Plague in India, 1896, 1897 - Volume 1
Year: 1896
Disease focus: Plague
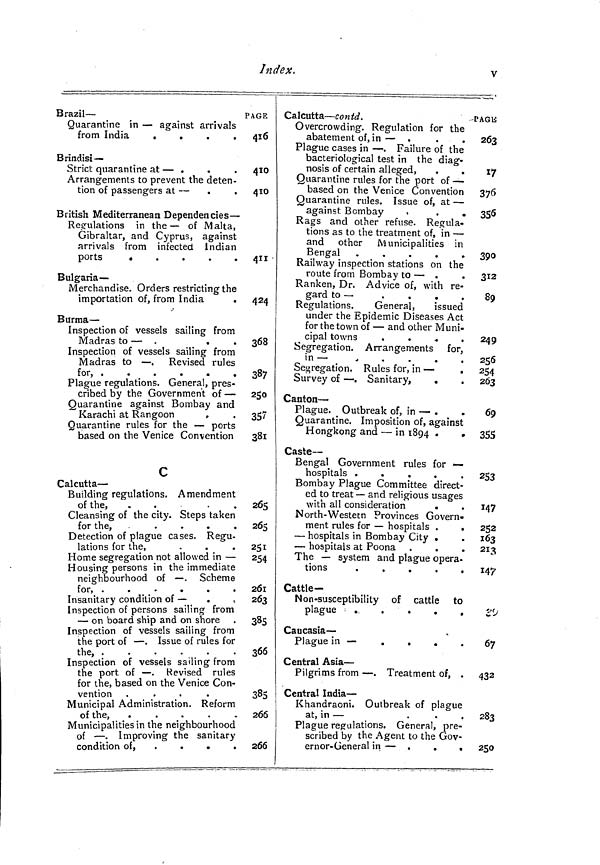
Index.
v
Brazil-
Quarantine in — against arrivals
from India
.
.
.
.
Brindisi— •
Strict quarantine at — .
Arrangements to prevent the deten-
tion of passengers at —
British Mediterranean Dependencies —
Regulations in the— of Malta,
Gibraltar, and Cyprus, against
arrivals from infected Indian
ports
Bulgaria —
Merchandise. Orders restricting the
importation of, from India
Burma —
Inspection of vessels sailing from
Madras to — .
.
.
Inspection of vessels sailing from
Madras to — . Revised rules
for, .
.
.
.
.
.
Plague regulations. General, pres-
cribed by the Government of —
Quarantine against Bombay and
Karachi at Rangoon
Quarantine rules for the — ports
based on the Venice Convention
c
Calcutta —
Building regulations. Amendment
of the,
.
.
Cleansing of the city. Steps taken
for the,
.
.
.
.
.
Detection of plague cases. Regu-
lations for the,
Home segregation not allowed in —
Housing persons in the immediate
neighbourhood of — . Scheme
for, .
.
Insanitary condition of —
.
,
Inspection of persons sailing from
— on board ship and on shore
Inspection of vessels sailing from
the port of — . Issue of rules for
the,
Inspection of vessels sailing from
the port of — . Revised rules
for the, based on the Venice Con-
vention .
.
.
.
Municipal Administration. Reform
of the,
.
.
Municipalities in the neighbourhood
of — . Improving the sanitary
condition of, .
.
.
.
PAGE
416
410
410
411
424
368
387
250
357
38i
265
265
251
254
261
263
385
366
385
266
266
Calcutta — contd.
Overcrowding. Regulation for the
abatement of, in — .
Plague cases in — . Failure of the
bacteriological test in the diag-
nosis of certain alleged,
Quarantine rules for the port of —
based on the Venice Convention
Quarantine rules. Issue of, at —
against Bombay
.
.
Rags and other refuse. Regula-
tions as to the treatment of, in —
and other Municipalities in
Bengal .
.
.
.
.
Railway inspection stations on the
route from Bombay to — .
Ranken, Dr. Advice of, with re-
gard to —
.
.
.
Regulations.
General,
issued
under the Epidemic Diseases Act
for the town of — and other Muni-
cipal towns
.
Segregation. Arrangements for,
in — •
.,
.
.
.
.
Segregation. Rules for, in —
.
Survey of — . Sanitary,
.
Canton —
Plague. Outbreak of, in — .
.
Quarantine. Imposition of, against
Hongkong and — in 1894 .
.
Caste-
Bengal Government rules for —
hospitals .
.
.
.
.
Bombay Plague Committee direct-
ed to treat — and religious usages
with all consideration
.
North-Westetn Provinces Govern-
ment rules for — hospitals .
.
— hospitals in Bombay City *
— hospitals at Poona
The — system and plague opera-
tions
.
.
.
.
.
Cattle—
Non-susceptibility of cattle to
plague
. . .
.
.
.
Caucasia —
Plague in —
.
.
.
Central Asia —
Pilgrims from — . Treatment of, .
Central India —
Khandraoni. Outbreak of plague
at, in —
.
.
.
Plague regulations. General, pre-
scribed by the Agent to the Gov-
ernor-General in — .
.
*
-PACK
263
17
376 ¿>
356
390
312
89
240 249
256
254.
263
60 r
355
253
147
252
163
213
147
29
67
432
283
250